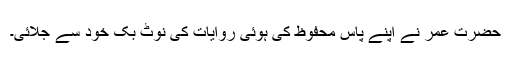
حضرت عمر نے اپنے پاس محفوظ کی ہوئی روایات کی نوٹ بک خود سے جلائی۔